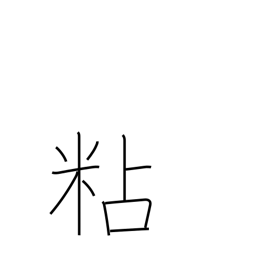
Meaning: persevere